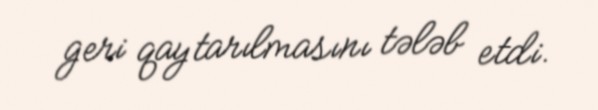
geri qaytarılmasını tələb etdi.